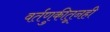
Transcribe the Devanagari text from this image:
वर्तणुकीतूनही